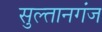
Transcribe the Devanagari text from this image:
सुल्‍तानगंज